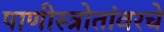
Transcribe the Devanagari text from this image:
पाणीस्त्रोतांवरचे